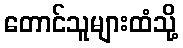
တောင်သူများထံသို့